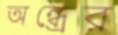
অন্ধ্রের